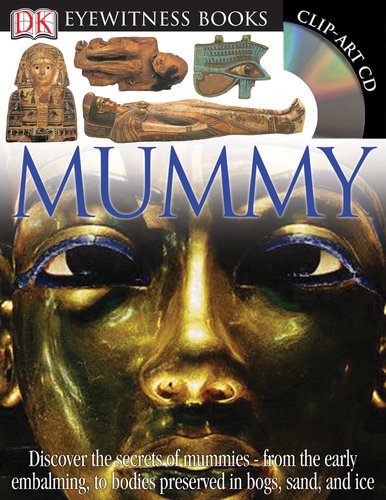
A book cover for Mummy (DK Eyewitness Books); James Putnam; Children's Books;